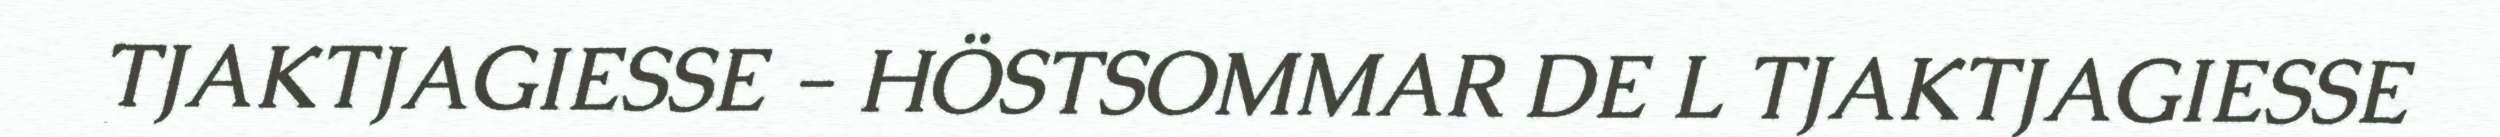
TJAKTJAGIESSE - HÖSTSOMMAR DE L TJAKTJAGIESSE